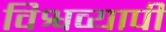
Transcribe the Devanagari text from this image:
विश्वव्‍यापी